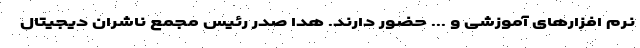
نرم افزارهای آموزشی و ... حضور دارند. هدا صدر رئیس مجمع ناشران دیجیتال